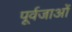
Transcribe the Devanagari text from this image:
पूर्वजाओं